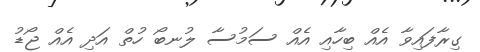
ގިރާފައިވާ އެއް ބިހާއި އެއް ސަމުސާ ލުނބޯ ހުތް އަދި އެއް ޖޯޑު